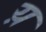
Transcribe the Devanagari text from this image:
य़